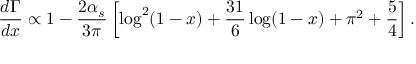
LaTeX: \frac { d \Gamma } { d x } \propto 1 - \frac { 2 \alpha _ { s } } { 3 \pi } \left[ \log ^ { 2 } ( 1 - x ) + \frac { 3 1 } { 6 } \log ( 1 - x ) + \pi ^ { 2 } + \frac 5 4 \right] .